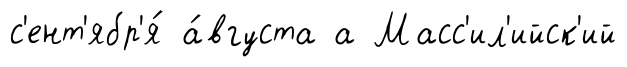
с'ент'ябр'я́ а́вгуста а Масс'ил'ийск'ий